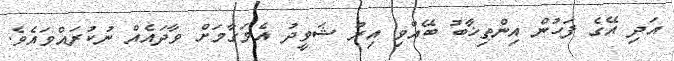
އަދި އޭގެ ފަހުން އިންތިޚާބު ބޭއްވި އިރު ޝަވީދު އެމަގާމަށް ވާދައެއް ނުކުރައްވައެވެ.